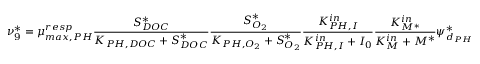
\nu _ { 9 } ^ { * } = \mu _ { m a x , P H } ^ { r e s p } \frac { S _ { D O C } ^ { * } } { K _ { P H , D O C } + S _ { D O C } ^ { * } } \frac { S _ { O _ { 2 } } ^ { * } } { K _ { P H , O _ { 2 } } + S _ { O _ { 2 } } ^ { * } } \frac { K _ { P H , I } ^ { i n } } { K _ { P H , I } ^ { i n } + I _ { 0 } } \frac { K _ { M ^ { * } } ^ { i n } } { K _ { M } ^ { i n } + M ^ { * } } \psi _ { d _ { P H } } ^ { * }